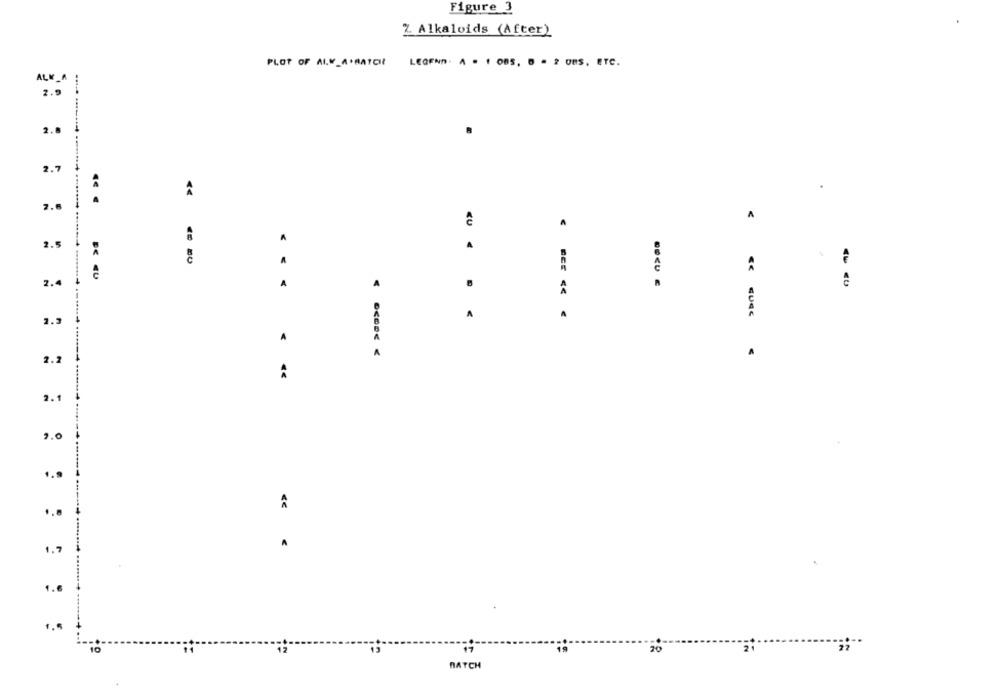
Figure 3
2. Alkaloids (After)
PLOT OF ALLW_A'MATCH LEGEND. A . 1 OBS, 8 - 2 ONS, ETC.
ALM
2.9
2.
2.7
2.
A
2.
A
. .
2.4
A
A
. .
2.3
A
A
A
2.2
2.1
2.0
1.7
1.6
+ ...
17
10
11
12
13
19
21
BATCH